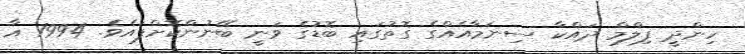
ހިންދީ ފިލްމް ދައްކާ ސިނަމާއެއްގެ ގޮތުގައި ބޮޑުގެ ވަނީ ބޭނުންކޮށްފައެވެ. 1994 އާ